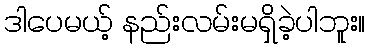
ဒါပေမယ့် နည်းလမ်းမရှိခဲ့ပါဘူး။